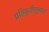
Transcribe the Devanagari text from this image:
प्रतिकृतीनुसार